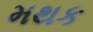
મથક